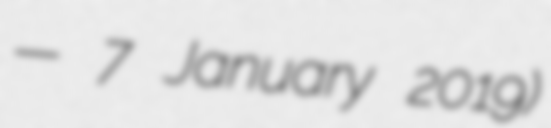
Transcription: — 7 January 2019)